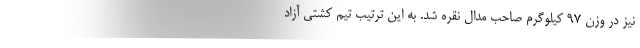
نیز در وزن ۹۷ کیلوگرم صاحب مدال نقره شد. به این ترتیب تیم کشتی آزاد